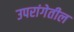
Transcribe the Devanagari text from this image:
उपरांगेतील